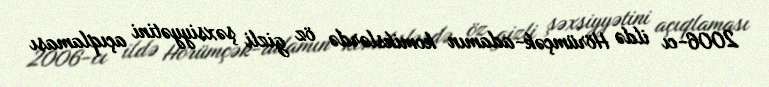
2006-cı ildə Hörümçək-adamın komikslərdə öz gizli şəxsiyyətini açıqlaması